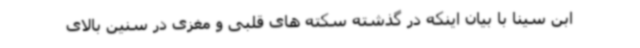
ابن سینا با بیان اینکه در گذشته سکته های قلبی و مغزی در سنین بالای